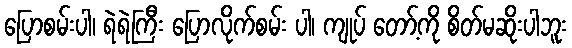
ပြောစမ်းပါ၊ ရဲရဲကြီး ပြောလိုက်စမ်း ပါ၊ ကျုပ် တော့်ကို စိတ်မဆိုးပါဘူး